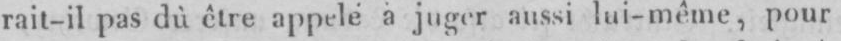
rait-il pas dû être appelé à juger aussi lui-même, pour